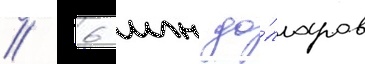
/ 6 млн до́лларов